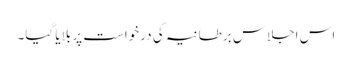
اس اجلاس برطانیہ کی درخواست پر بلایا گیا۔